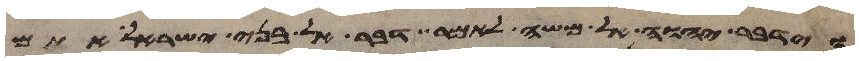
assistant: וידבר יהוה אל משה לאמר דבר אל בני ישראל אתם